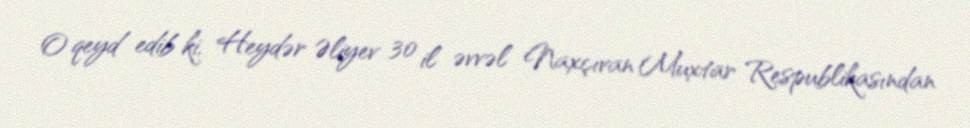
O qeyd edib ki, Heydər Əliyev 30 il əvvəl Naxçıvan Muxtar Respublikasından